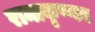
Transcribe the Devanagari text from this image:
रामाकृष्णन